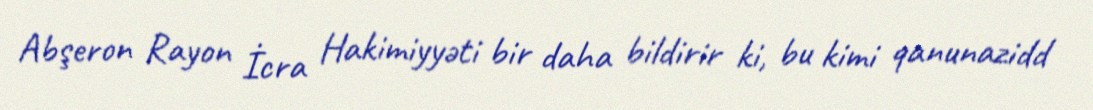
Abşeron Rayon İcra Hakimiyyəti bir daha bildirir ki, bu kimi qanunazidd